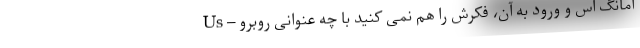
Us – امانگ آس و ورود به آن، فکرش را هم نمی کنید با چه عنوانی روبرو